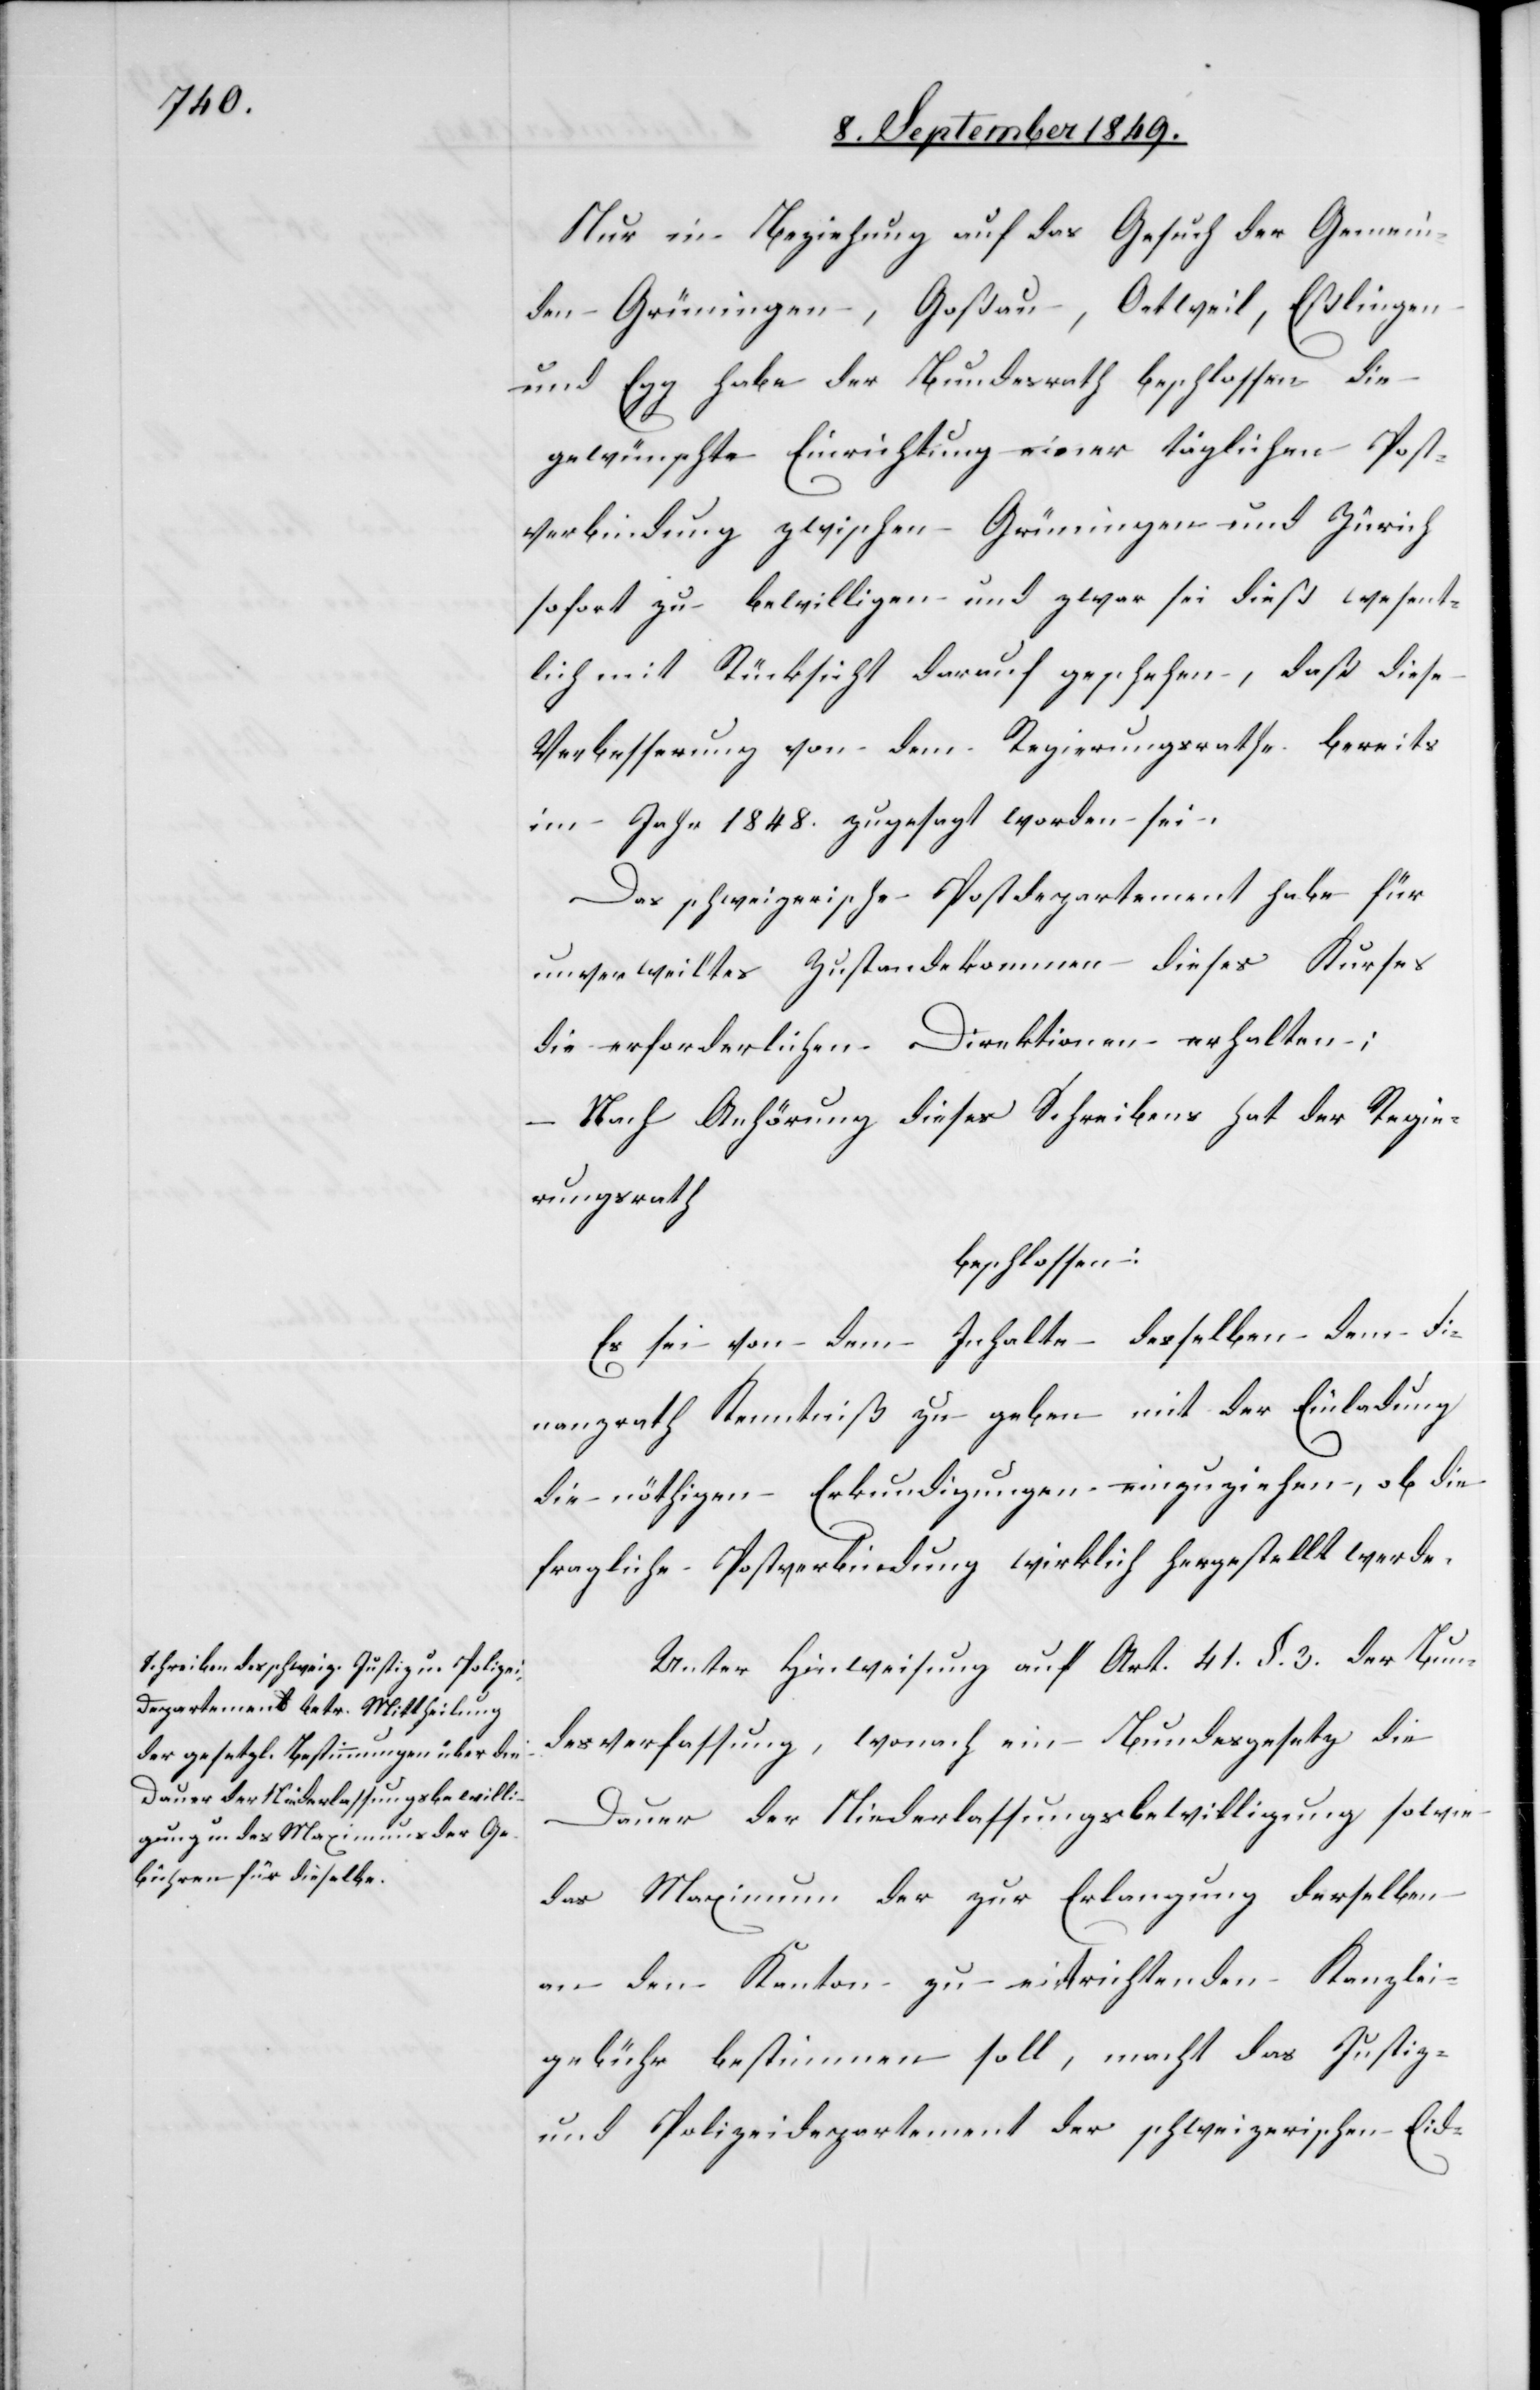
Nur in Beziehung auf das Gesuch der Gemein¬
den Grüningen, Goßau, Oetweil, Eßlingen
und Egg habe der Bundesrath beschlossen die
gewünschte Einrichtung einer täglichen Post¬
verbindung zwischen Grüningen und Zürich
sofort zu bewilligen und zwar sei dieß wesent¬
lich mit Rücksicht darauf geschehen, daß diese
Verbesserung von dem Regierungsrathe bereits
im Jahr 1848. zugesetzt worden sei.
Das schweizerische Postdepartement habe für
unverweiltes Zustandekommen dieses Kurses
die erforderlichen Direktionen erhalten;
Nach Anhörung dieses Schreibens hat der Regie¬
rungsrath
beschlossen:
Es sei von dem Inhalte desselben dem Fi¬
nanzrath Kenntniß zu geben mit der Einladung
die nöthigen Erkundigungen einzuziehen, ob die
fragliche Postverbindung wirklich hergestellt werde.
Unter Hinweisung auf Art. 41. §. 3. der Bun¬
desverfassung, wonach ein Bundesgesetz die
Dauer der Niederlassungsbewilligung sowie
das Maximum der zur Erlangung derselben
an den Kanton zu entrichtenden Kanzlei¬
gebühr bestimmen soll, macht das Justiz-
und Polizeidepartement der schweizerischen Eid-